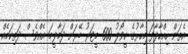
އެތަން ހިއްކާލާފަ މިހާރުގެ ކީވޯލު 600 މީޓަރު ބޭރަށް ދަމާލީމަ އެއްވެސް ދަތިކަމެއް